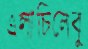
এলাচিলেবু